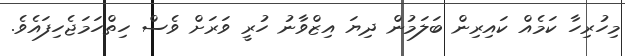
މިހުރިހާ ކަމެއް ކައިރިން ބަލަމުން ދިޔަ އިޒްވާނު ހުރީ ވަރަށް ވެސް ހިތްހަމަޖެހިފައެވެ.